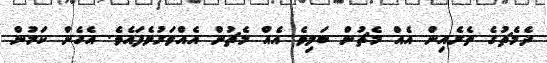
ދެމެޗުގެ ތެރެއިން އެއް މެޗުން ބަލިވެ އެއް މެޗުން އެއްވަރުވެފައެވެ. އެހެން ކަމުން